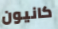
كانيون